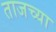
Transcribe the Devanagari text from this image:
ताजच्या